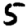
Digit: 5